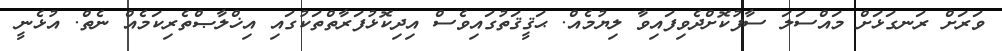
ވަރަށް ރަނގަޅަށް މައްސަލަ ސާފުކޮށްދެވިފައިވާ ލިޔުމެއް. ޙަޤީޤަތުގައިވެސް އިދިކޮޅުފަރާތްތަކުގައި އިޚްލާޞްތެރިކަމެއް ނެތް. އުޅެނީ